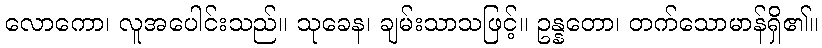
လောကော၊ လူအပေါင်းသည်။ သုခေန၊ ချမ်းသာသဖြင့်။ ဥန္နတော၊ တက်သောမာန်ရှိ၏။